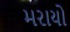
મરાયો